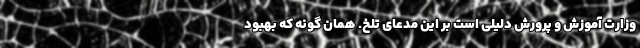
وزارت آموزش و پرورش دلیلی است بر این مدعای تلخ. همان گونه که بهبود